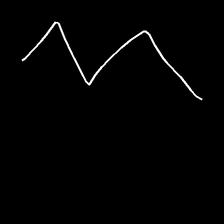
Glyph: crush